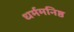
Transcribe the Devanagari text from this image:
धर्ममनिष्ठ